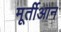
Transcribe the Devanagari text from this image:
मूर्तीआन